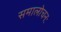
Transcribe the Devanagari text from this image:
समालोचनः